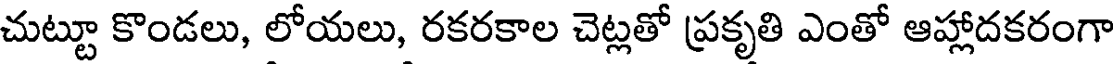
చుట్టూ కొండలు, లోయలు, రకరకాల చెట్లతో ప్రకృతి ఎంతో ఆహ్లాదకరంగా